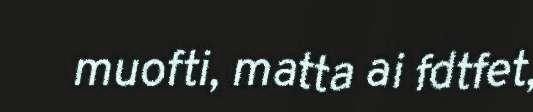
muofti, matta ai fdtfet,